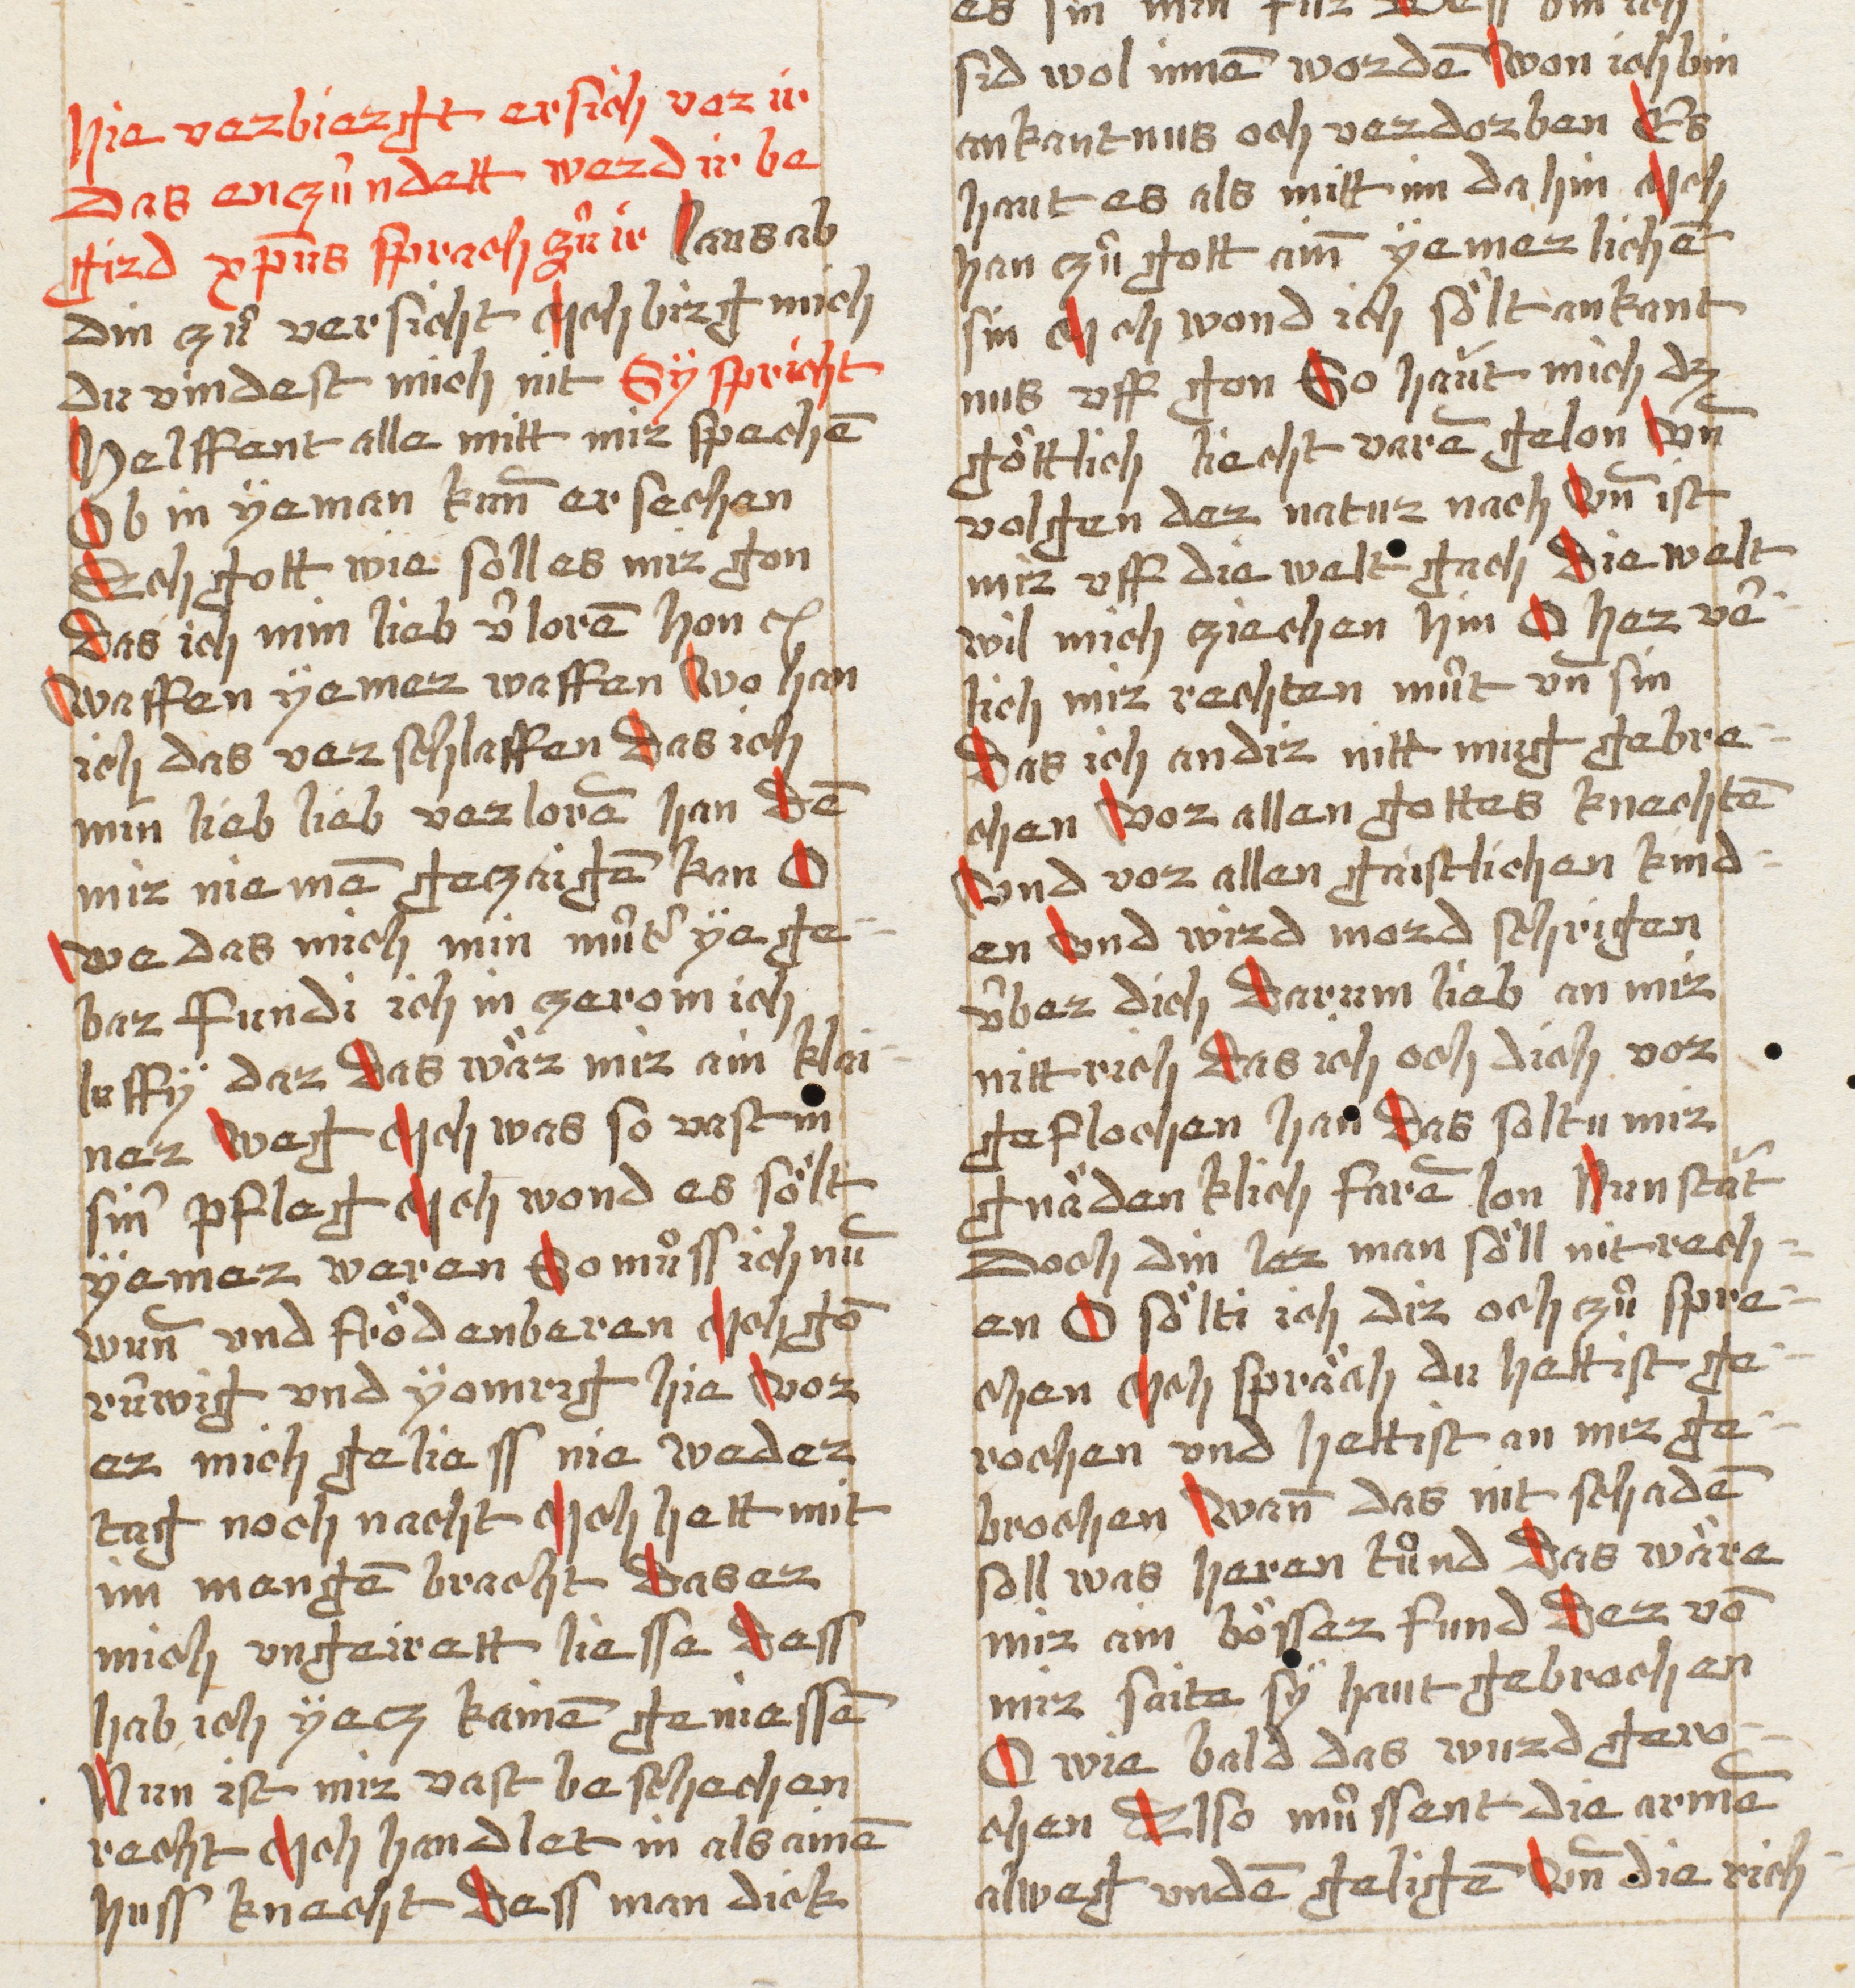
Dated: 1490–1520